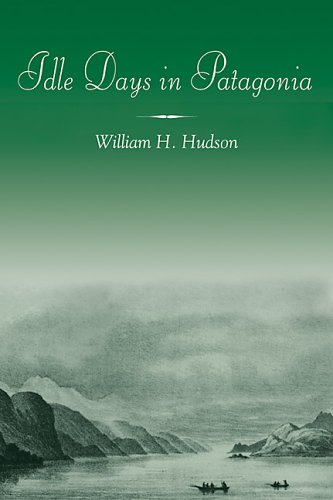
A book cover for Idle Days in Patagonia (Travellers, Explorers & Pioneers); W. H. Hudson; Travel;